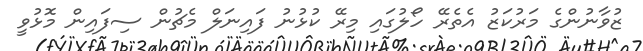
ޒުވާނުންގެ މަރުކަޒު އެތެރޭ ހޯލުގައި މިރޭ ކުޅުނު ފައިނަލް މެޗުން ސިފައިން މޮޅުވީ